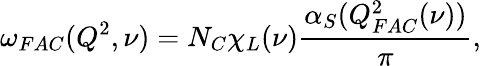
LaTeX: \omega_{FAC}(Q^{2},\nu)=N_{C}\chi_{L}(\nu)\frac{\alpha_{S}(Q_{FAC}^{2}(\nu))}{\pi},